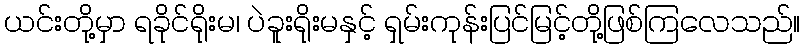
ယင်းတို့မှာ ရခိုင်ရိုးမ၊ ပဲခူးရိုးမနှင့် ရှမ်းကုန်းပြင်မြင့်တို့ဖြစ်ကြလေသည်။